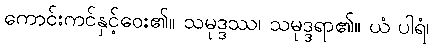
ကောင်းကင်နှင့်ဝေး၏။ သမုဒ္ဒဿ၊ သမုဒ္ဒရာ၏။ ယံ ပါရံ၊